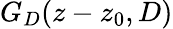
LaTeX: G_{D}(z-z_{0},D)